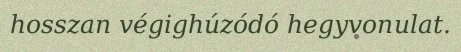
hosszan végighúzódó hegyvonulat.